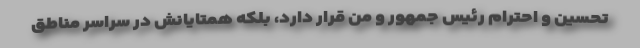
تحسین و احترام رئیس جمهور و من قرار دارد، بلکه همتایانش در سراسر مناطق